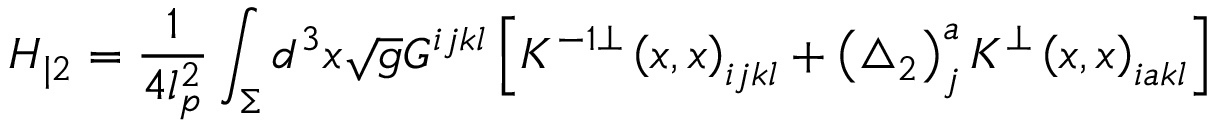
H _ { | 2 } = \frac 1 { 4 l _ { p } ^ { 2 } } \int _ { \Sigma } d ^ { 3 } x \sqrt { g } G ^ { i j k l } \left[ K ^ { - 1 \bot } \left( x , x \right) _ { i j k l } + \left( \triangle _ { 2 } \right) _ { j } ^ { a } K ^ { \bot } \left( x , x \right) _ { i a k l } \right]